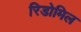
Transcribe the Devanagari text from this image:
रिडोमिल